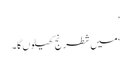
’
‘میں شطرنج کھیلوں گا۔